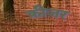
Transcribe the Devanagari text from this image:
क्रीजर